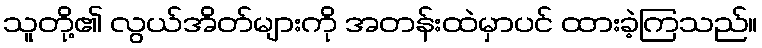
သူတို့၏ လွယ်အိတ်များကို အတန်းထဲမှာပင် ထားခဲ့ကြသည်။